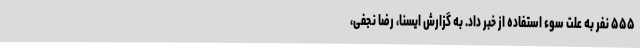
۵۵۵ نفر به علت سوء استفاده از خبر داد. به گزارش ایسنا، رضا نجفی،